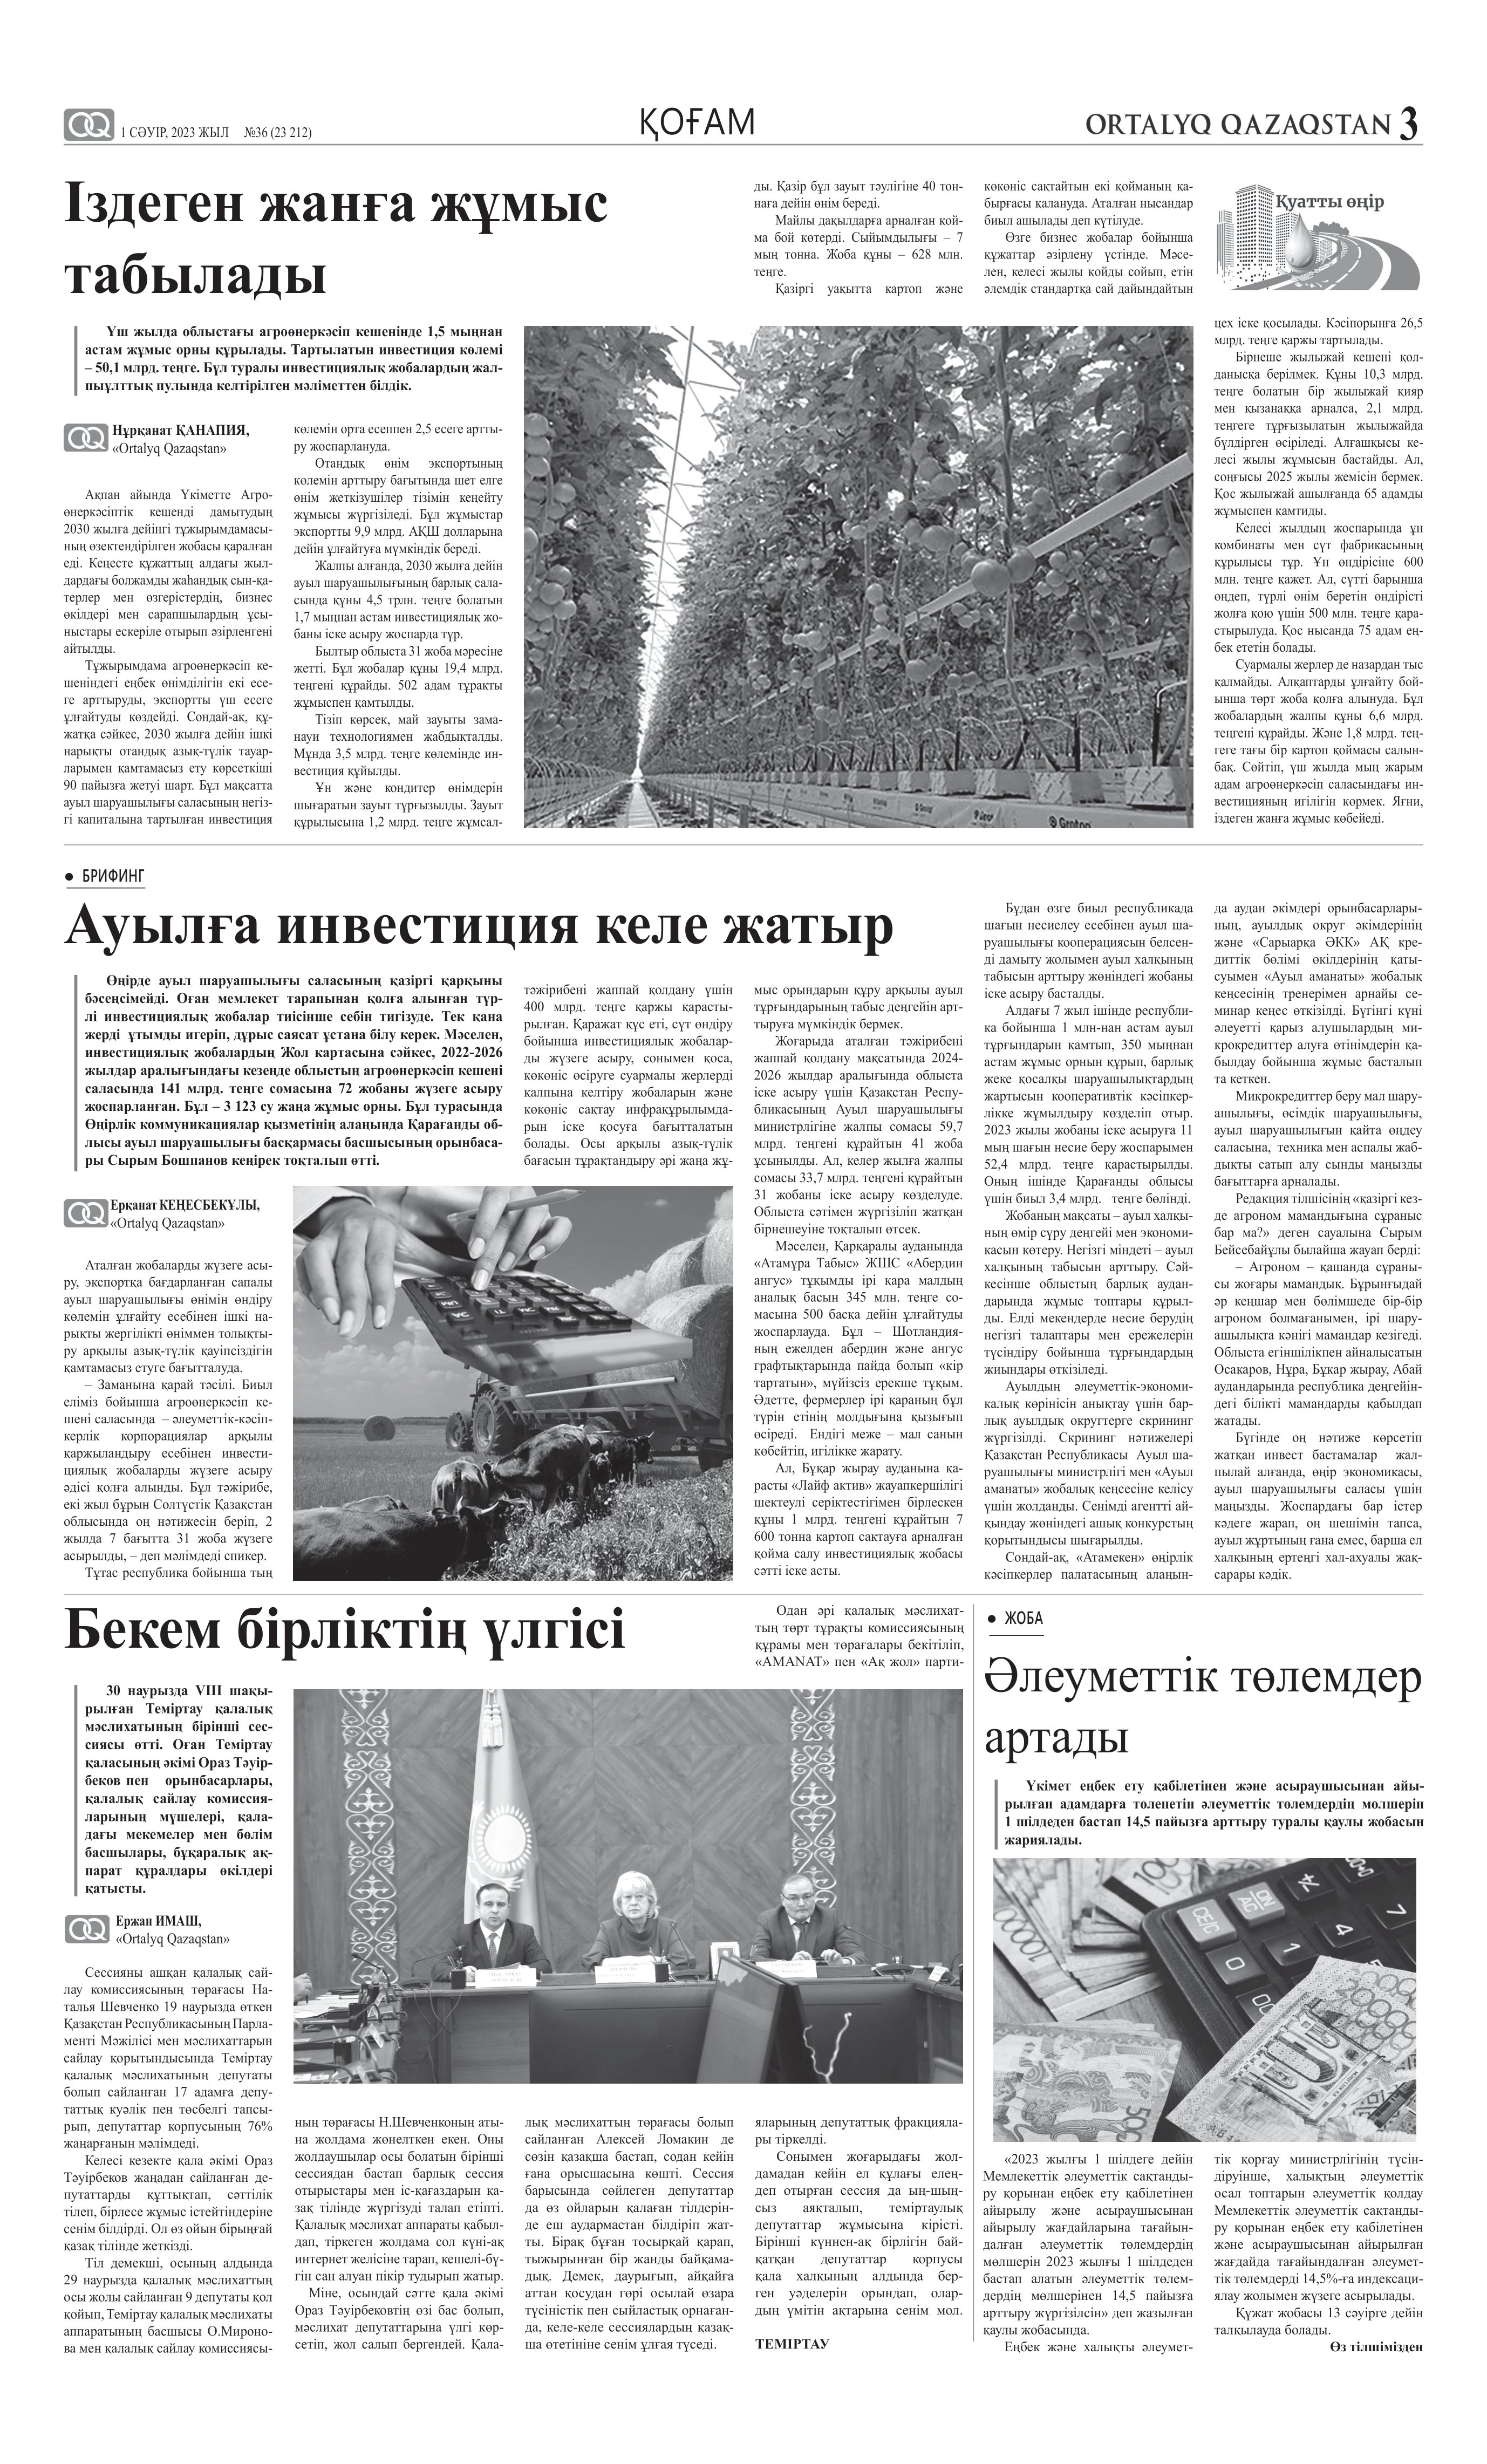
Language: kk